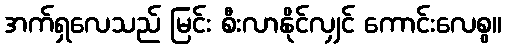
အက်ရှလေသည် မြင်း စီးလာနိုင်လျှင် ကောင်းလေစွ။